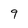
Character: 9